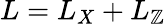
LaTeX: L=L_{X}+L_{\mathbb{Z}}